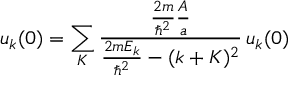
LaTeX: u _ { k } ( 0 ) = \sum _ { K } { \frac { { \frac { 2 m } { \hbar ^ { 2 } } } { \frac { A } { a } } } { { \frac { 2 m E _ { k } } { \hbar ^ { 2 } } } - ( k + K ) ^ { 2 } } } \, u _ { k } ( 0 )